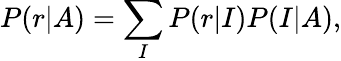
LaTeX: P(r|A)=\sum_{I}P(r|I)P(I|A),